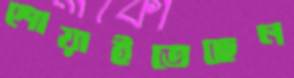
শোয়াইতেছেন